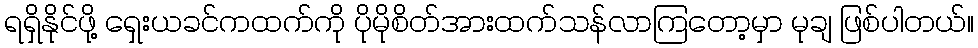
ရရှိနိုင်ဖို့ ရှေးယခင်ကထက်ကို ပိုမိုစိတ်အားထက်သန်လာကြတော့မှာ မုချ ဖြစ်ပါတယ်။